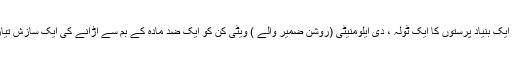
اس ناول میں ایک بنیاد پرستوں کا ایک ٹولہ ، دی ایلومنیٹی (روشن ضمیر والے ) ویٹی کن کو ایک ضد مادّہ کے بم سے اڑانے کی ایک سازش تیار کرتے ہیں۔